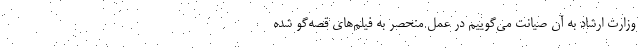
وزارت ارشاد به آن صیانت می‌گوییم در عمل منحصر به فیلم‌های قصه‌گو شده